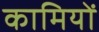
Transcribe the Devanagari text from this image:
कामियों